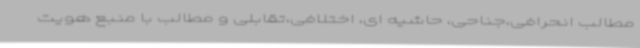
مطالب انحرافی،جناحی، حاشیه ای، اختلافی،تقابلی و مطالب با منبع هویت